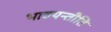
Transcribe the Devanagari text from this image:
भावयन्तीति